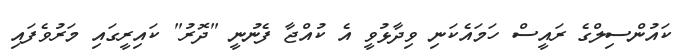
ކައުންސިލްގެ ރައީސް ހަމައެކަނި ވިދާޅުވީ އެ ކުއްޖާ ފެނުނީ "ދޮރު" ކައިރީގައި މަރުވެފައި